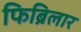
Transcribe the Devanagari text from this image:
फिब्रिलार